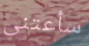
سأعتنى